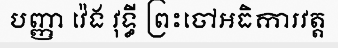
បញ្ញា វ៉េង វុទ្ធី ព្រះចៅអធិការវត្ត